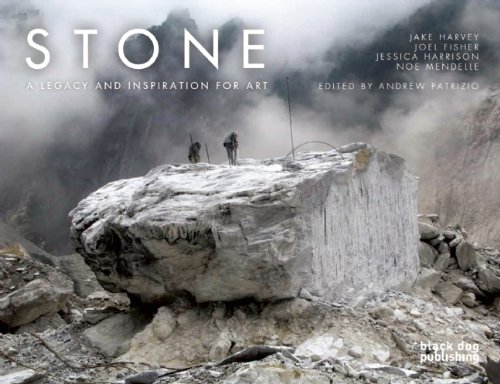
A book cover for Stone: A Legacy and Inspiration for Art; Jake Harvey; Arts & Photography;